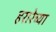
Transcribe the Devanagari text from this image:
हरारेच्या